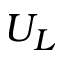
U _ { L }